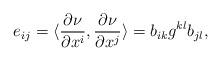
LaTeX: \begin{align*}e_{ij}={\langle \frac{\partial \nu}{\partial x^i}, \frac{\partial \nu}{\partial x^j}\rangle}=b_{ik}g^{kl}b_{jl},\end{align*}